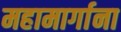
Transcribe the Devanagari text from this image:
महामार्गाना